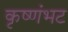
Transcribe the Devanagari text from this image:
कृष्णंभट